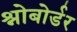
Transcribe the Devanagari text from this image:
श्नोबोर्डर